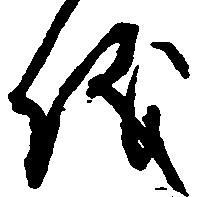
儀